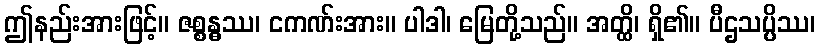
ဤနည်းအားဖြင့်။ ဇစ္စန္ဓဿ၊ ငကဏ်းအား။ ပါဒါ၊ မြေတို့သည်။ အတ္ထိ၊ ရှိ၏။ ပီဌသပ္ပိဿ၊